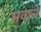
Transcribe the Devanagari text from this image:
सवाने